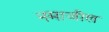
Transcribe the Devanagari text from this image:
नमाजील